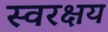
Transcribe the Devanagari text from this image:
स्वरक्षय